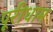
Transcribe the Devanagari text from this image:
पूरीधाम